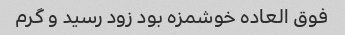
فوق العاده خوشمزه بود زود رسید و گرم